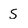
Character: s